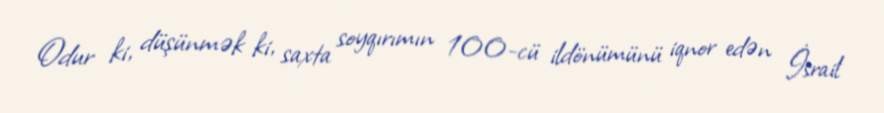
Odur ki, düşünmək ki, saxta soyqırımın 100-cü ildönümünü iqnor edən İsrail